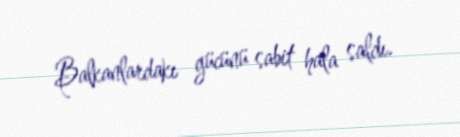
Balkanlardakı gücünü sabit hala saldı.